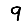
Digit: 9